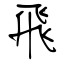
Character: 飛